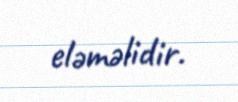
eləməlidir.